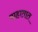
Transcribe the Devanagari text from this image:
वाहातात